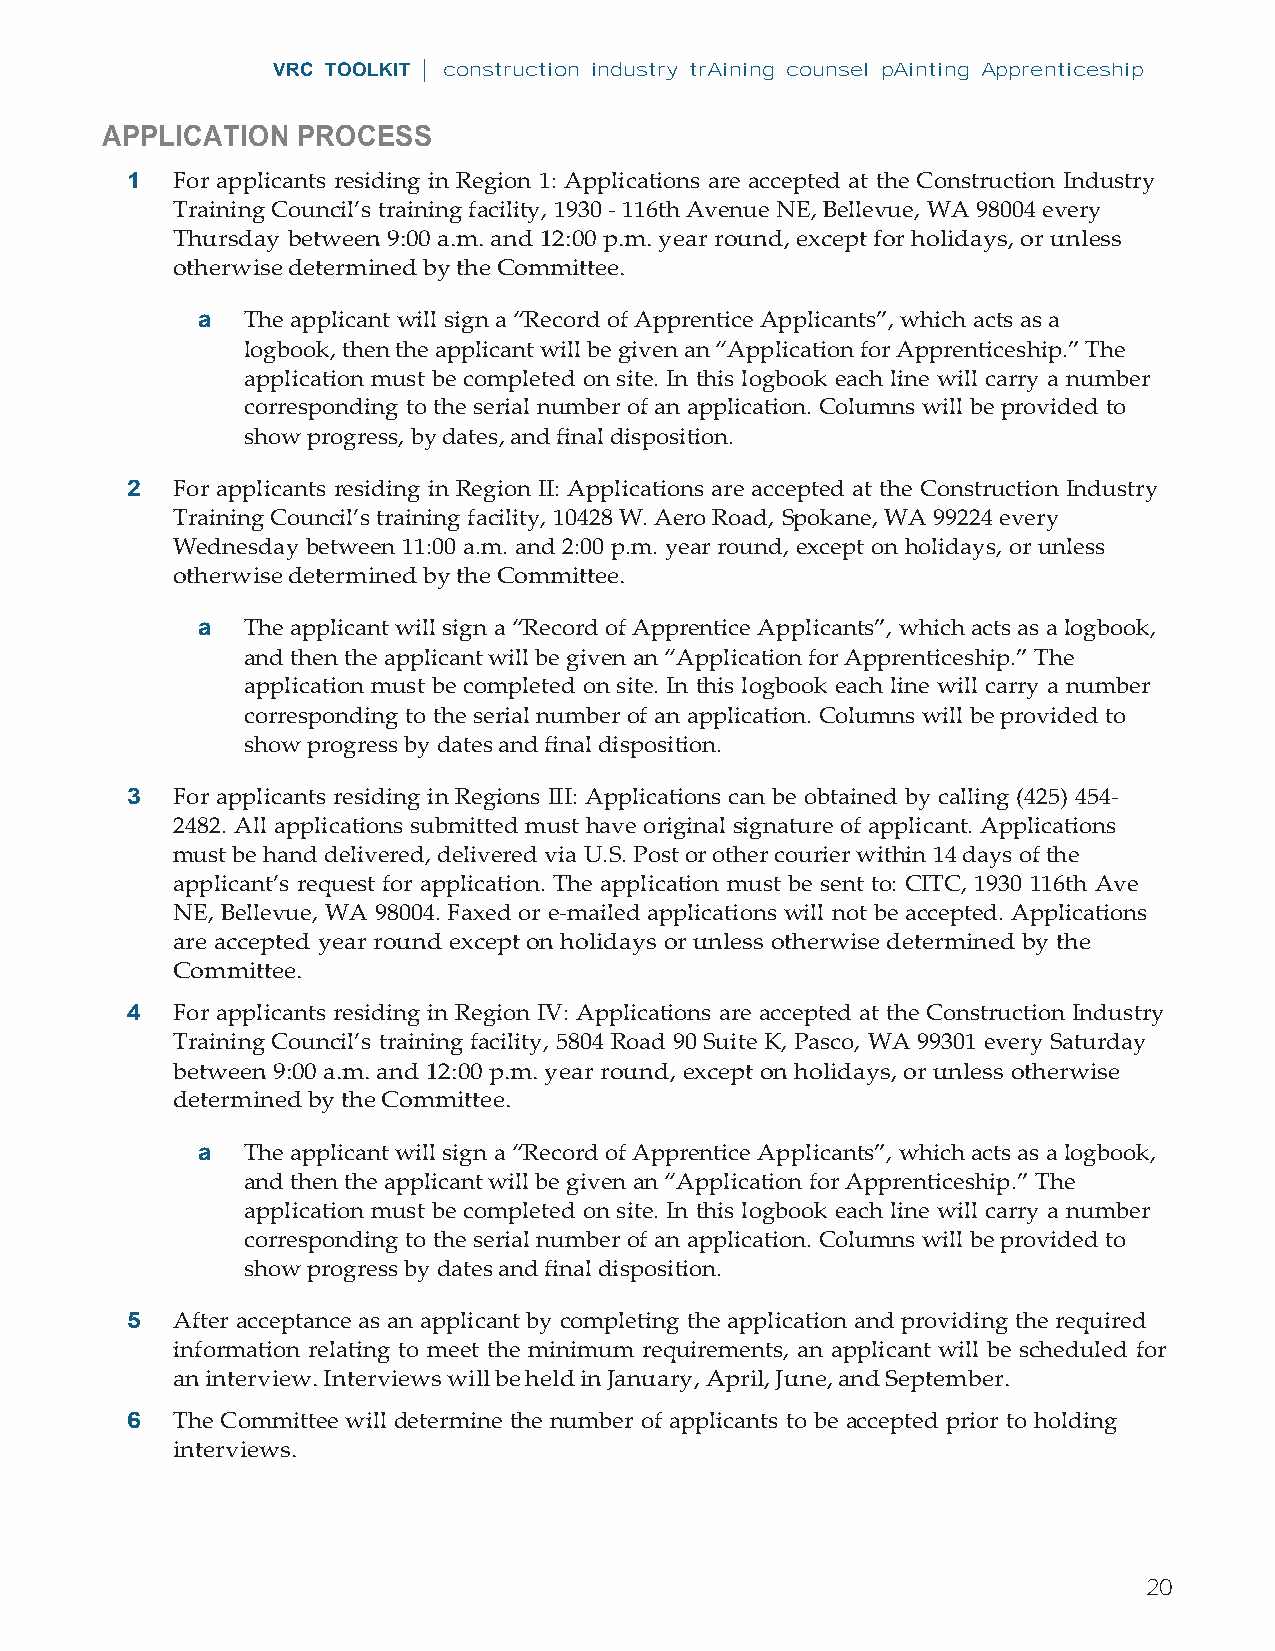
VRC TOOLKIT | construction industry trAining counsel pAinting Apprenticeship
 APPLICATION  PROCESS
 1  For applicants residing in Region 1: Applications are accepted at the Construction Industry
 Training Council’s training facility, 1930 - 116th Avenue NE, Bellevue, WA 98004 every
 Thursday between 9:00 a.m. and 12:00 p.m. year round, except for holidays, or unless
 otherwise determined by the Committee.
 a  The applicant will sign a “Record of Apprentice Applicants”, which acts as a
 logbook, then the applicant will be given an “Application for Apprenticeship.” The
 application must be completed on site. In this logbook each line will carry a number
 corresponding to the serial number of an application. Columns will be provided to
 show progress, by dates, and final disposition.
 2  For applicants residing in Region II: Applications are accepted at the Construction Industry
 Training Council’s training facility, 10428 W. Aero Road, Spokane, WA 99224 every
 Wednesday between 11:00 a.m. and 2:00 p.m. year round, except on holidays, or unless
 otherwise determined by the Committee.
 a  The applicant will sign a “Record of Apprentice Applicants”, which acts as a logbook,
 and then the applicant will be given an “Application for Apprenticeship.” The
 application must be completed on site. In this logbook each line will carry a number
 corresponding to the serial number of an application. Columns will be provided to
 show progress by dates and final disposition.
 3  For applicants residing in Regions III: Applications can be obtained by calling (425) 454-
 2482. All applications submitted must have original signature of applicant. Applications
 must be hand delivered, delivered via U.S. Post or other courier within 14 days of the
 applicant’s request for application. The application must be sent to: CITC, 1930 116th Ave
 NE, Bellevue, WA 98004. Faxed or e-mailed applications will not be accepted. Applications
 are accepted year round except on holidays or unless otherwise determined by the
 Committee.
 4  For applicants residing in Region IV: Applications are accepted at the Construction Industry
 Training Council’s training facility, 5804 Road 90 Suite K, Pasco, WA 99301 every Saturday
 between 9:00 a.m. and 12:00 p.m. year round, except on holidays, or unless otherwise
 determined by the Committee.
 a  The applicant will sign a “Record of Apprentice Applicants”, which acts as a logbook,
 and then the applicant will be given an “Application for Apprenticeship.” The
 application must be completed on site. In this logbook each line will carry a number
 corresponding to the serial number of an application. Columns will be provided to
 show progress by dates and final disposition.
 5  After acceptance as an applicant by completing the application and providing the required
 information relating to meet the minimum requirements, an applicant will be scheduled for
 an interview. Interviews will be held in January, April, June, and September.
 6  The Committee will determine the number of applicants to be accepted prior to holding
 interviews.
 20